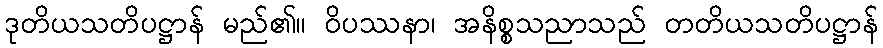
ဒုတိယသတိပဋ္ဌာန် မည်၏။ ဝိပဿနာ၊ အနိစ္စသညာသည် တတိယသတိပဋ္ဌာန်